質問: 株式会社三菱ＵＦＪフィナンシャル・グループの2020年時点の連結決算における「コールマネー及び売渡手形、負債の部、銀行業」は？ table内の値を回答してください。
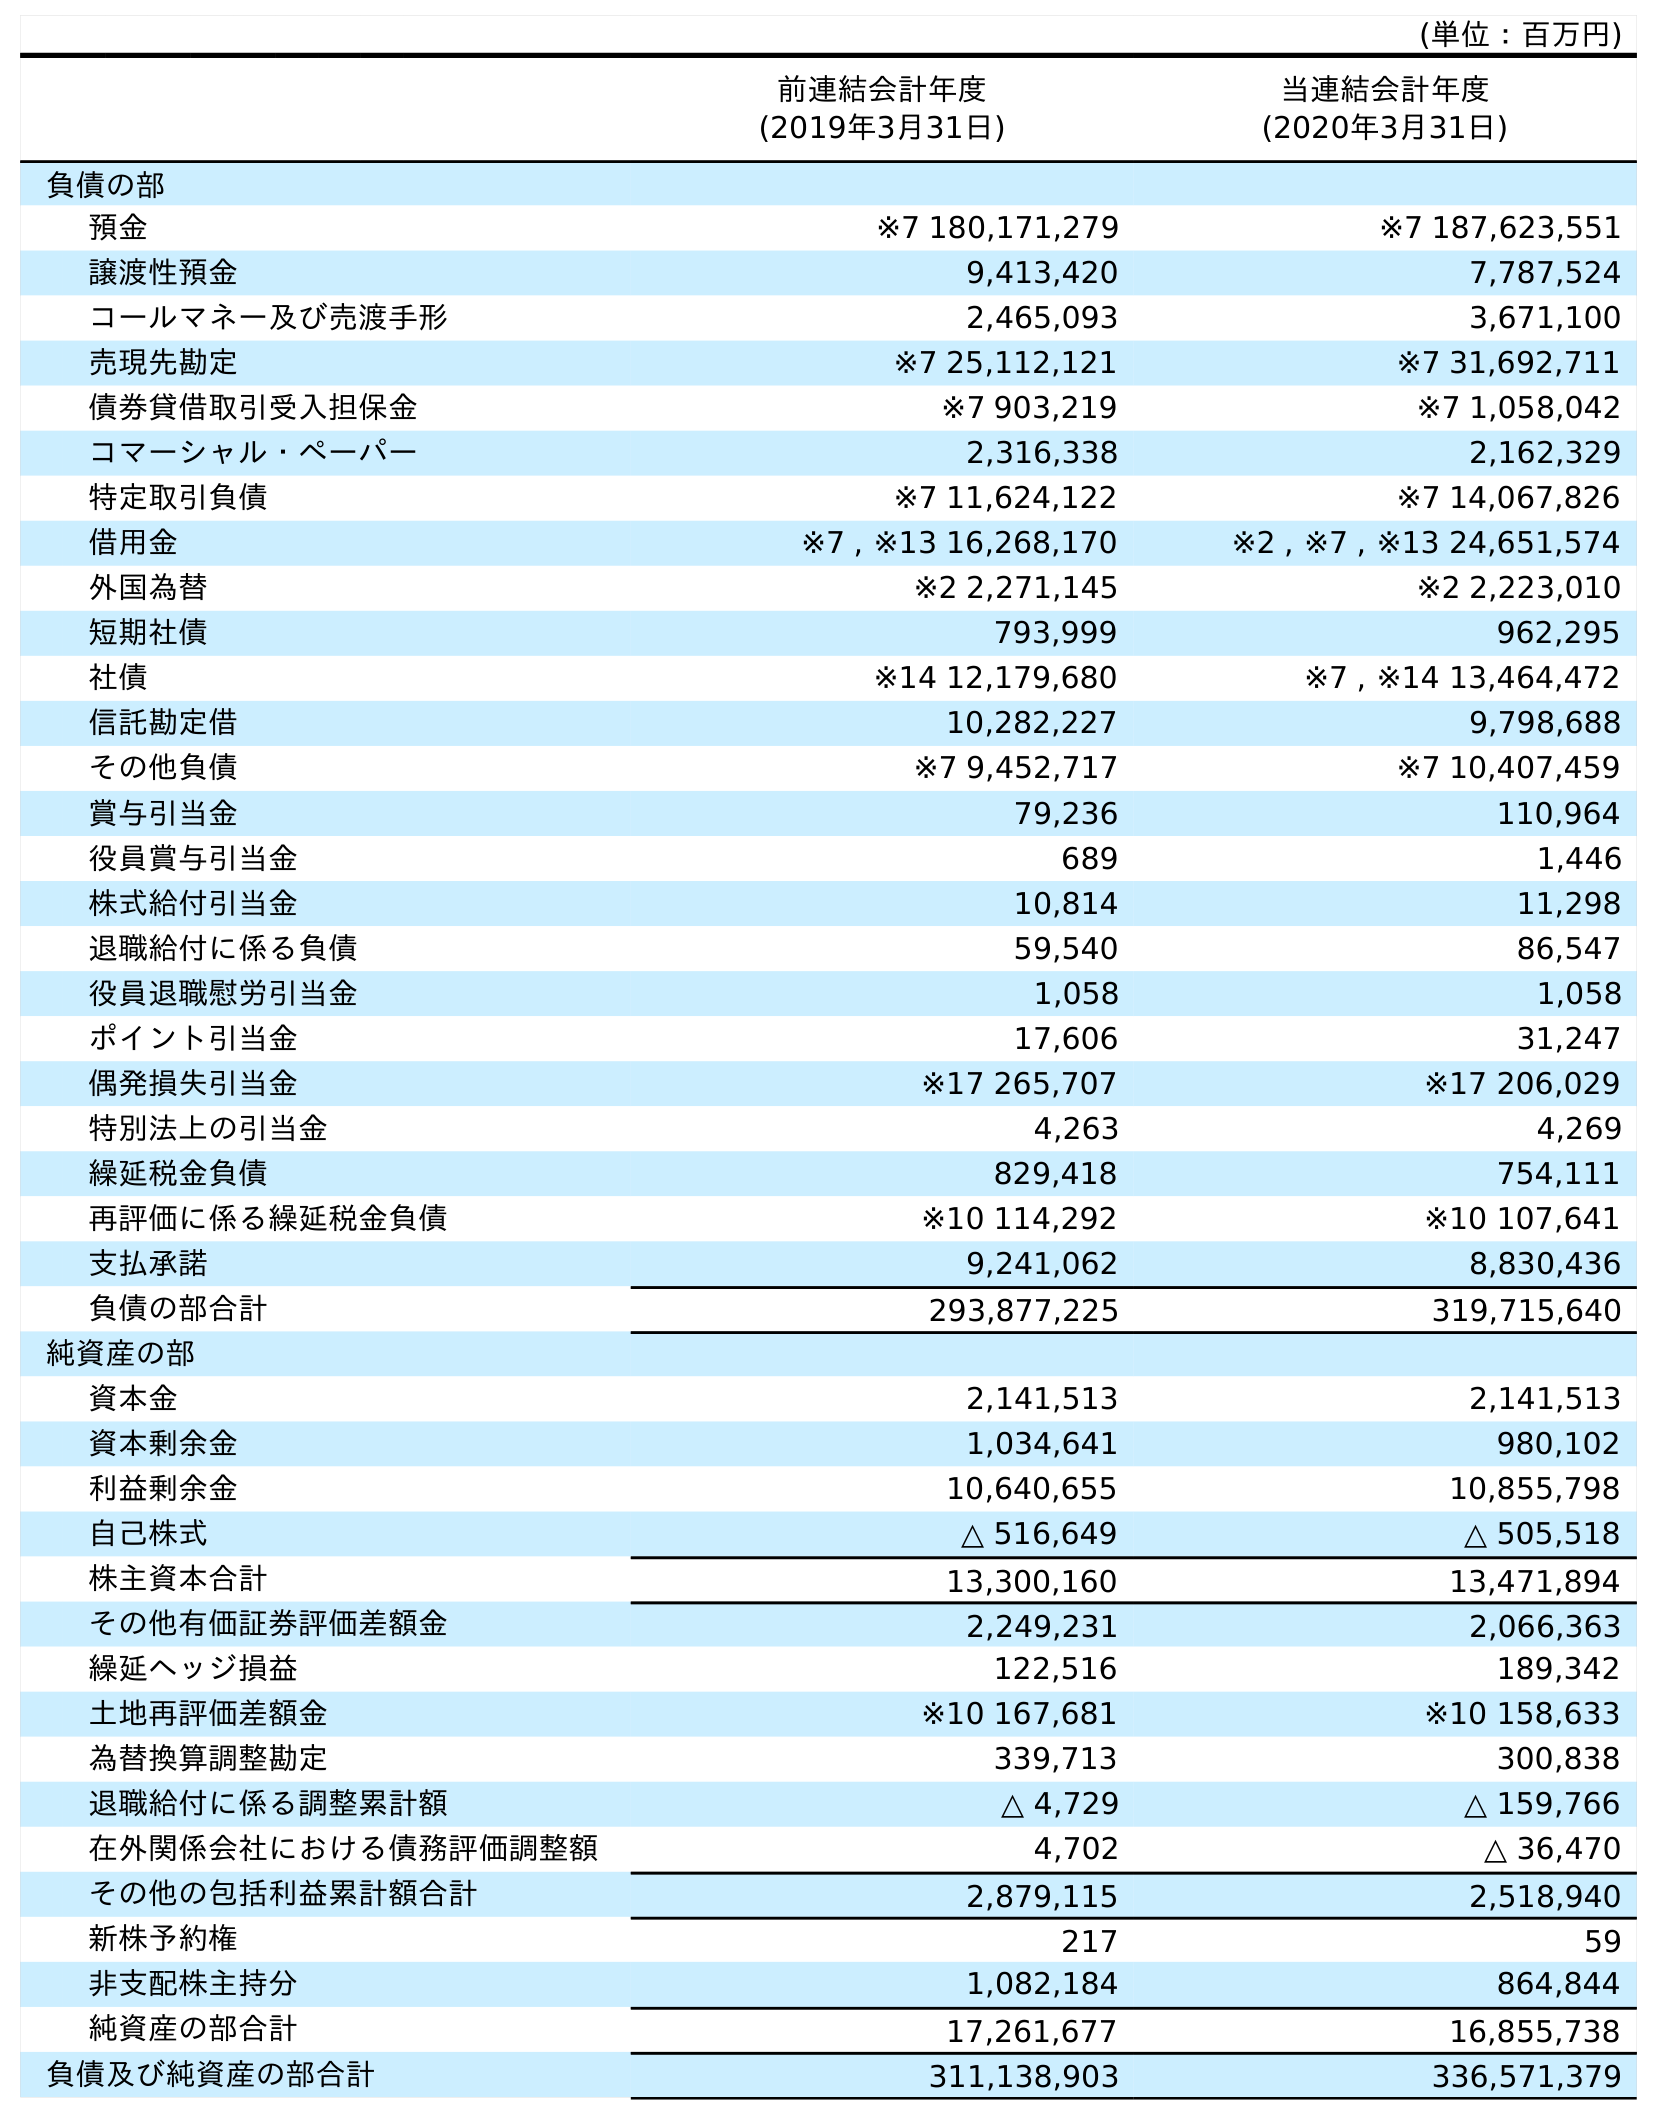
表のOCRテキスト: (単位：百万円) 前連結会計年度 (2019年3月31日) 当連結会計年度 (2020年3月31日) 負債の部 預金 ※7 180,171,279 ※7 187,623,551 譲渡性預金 9,413,420 7,787,524 コールマネー及び売渡手形 2,465,093 3,671,100 売現先勘定 ※7 25,112,121 ※7 31,692,711 債券貸借取引受入担保金 ※7 903,219 ※7 1,058,042 コマーシャル・ペーパー 2,316,338 2,162,329 特定取引負債 ※7 11,624,122 ※7 14,067,826 借用金 ※7 , ※13 16,268,170 ※2 , ※7 , ※13 24,651,574 外国為替 ※2 2,271,145 ※2 2,223,010 短期社債 793,999 962,295 社債 ※14 12,179,680 ※7 , ※14 13,464,472 信託勘定借 10,282,227 9,798,688 その他負債 ※7 9,452,717 ※7 10,407,459 賞与引当金 79,236 110,964 役員賞与引当金 689 1,446 株式給付引当金 10,814 11,298 退職給付に係る負債 59,540 86,547 役員退職慰労引当金 1,058 1,058 ポイント引当金 17,606 31,247 偶発損失引当金 ※17 265,707 ※17 206,029 特別法上の引当金 4,263 4,269 繰延税金負債 829,418 754,111 再評価に係る繰延税金負債 ※10 114,292 ※10 107,641 支払承諾 9,241,062 8,830,436 負債の部合計 293,877,225 319,715,640 純資産の部 資本金 2,141,513 2,141,513 資本剰余金 1,034,641 980,102 利益剰余金 10,640,655 10,855,798 自己株式 △ 516,649 △ 505,518 株主資本合計 13,300,160 13,471,894 その他有価証券評価差額金 2,249,231 2,066,363 繰延ヘッジ損益 122,516 189,342 土地再評価差額金 ※10 167,681 ※10 158,633 為替換算調整勘定 339,713 300,838 退職給付に係る調整累計額 △ 4,729 △ 159,766 在外関係会社における債務評価調整額 4,702 △ 36,470 その他の包括利益累計額合計 2,879,115 2,518,940 新株予約権 217 59 非支配株主持分 1,082,184 864,844 純資産の部合計 17,261,677 16,855,738 負債及び純資産の部合計 311,138,903 336,571,379
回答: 3,671,100